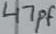
Text: 47pF